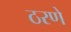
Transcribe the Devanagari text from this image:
ठरणे